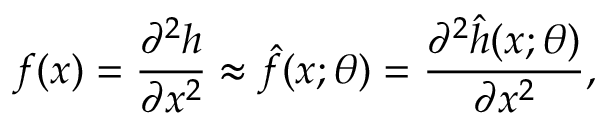
f ( x ) = \frac { \partial ^ { 2 } { h } } { \partial { x ^ { 2 } } } \approx \hat { f } ( x ; \theta ) = \frac { { { \partial ^ { 2 } } \hat { h } ( x ; \theta ) } } { { \partial { x ^ { 2 } } } } ,